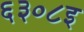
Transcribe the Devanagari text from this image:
६३०८इ